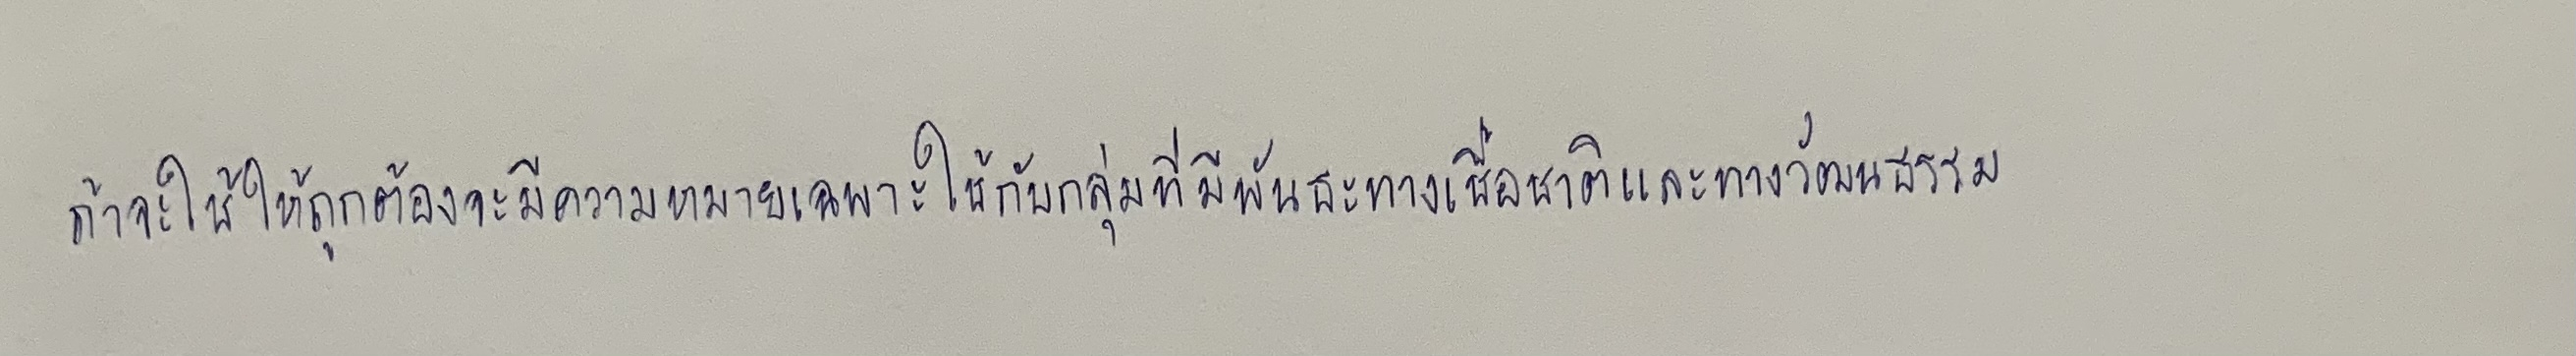
ถ้าจะใช้ให้ถูกต้องจะมีความหมายเฉพาะใช้กับกลุ่มที่มีพันธะทางเชื้อชาติและทางวัฒนธรรม